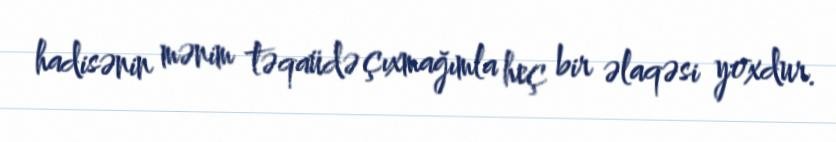
hadisənin mənim təqaüdə çıxmağımla heç bir əlaqəsi yoxdur.